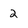
Character: 2